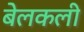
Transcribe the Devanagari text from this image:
बेलकली